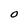
Character: O